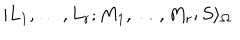
| L _ { 1 } , \ldots , L _ { r } ; M _ { 1 } , \ldots , M _ { r } ; S \rangle _ { \Omega } \nonumber